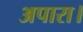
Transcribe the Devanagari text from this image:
अपारा।